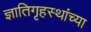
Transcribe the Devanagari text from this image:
ज्ञातिगृहस्थांच्या